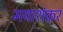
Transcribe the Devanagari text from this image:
मयाशंकर